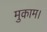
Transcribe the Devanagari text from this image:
मुकाम।